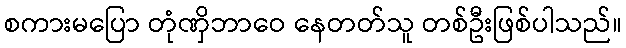
စကားမပြော တုံဏှိဘာဝေ နေတတ်သူ တစ်ဦးဖြစ်ပါသည်။